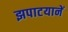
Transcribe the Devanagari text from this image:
झपाटयानें